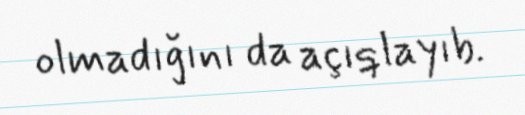
olmadığını da açıqlayıb.